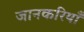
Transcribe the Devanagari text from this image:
जानकरियाँ